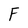
Character: F